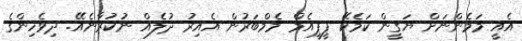
އެއީ މަމެންނަށް ޔަގީން ކަމެކޭ ޕީޕީއެމް މެމްބަރުން އެއިރު ދުލެއް ނުކުރާނެއޭ. ދިވެހިންގެ